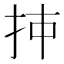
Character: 𰓌